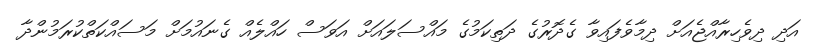
އަދި ދިވެހިރާއްޖެއަށް ދިމާވެފައިވާ ގެދޮރުގެ ދަތިކަމުގެ މައްސަލައަށް އަވަސް ހައްލެއް ގެނައުމަށް މަސައްކަތްކުރަމުންދާ